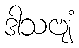
ဒါသဗျံ